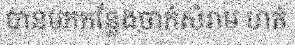
បានមកកន្លែងចាក់សំរាម ហត់